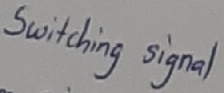
Text: Switching signal